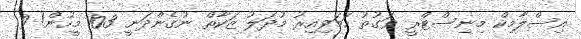
އިސްލާމިކް މިނިސްޓްރީ ވަގުތު ހަމަވިއިރު މުދަލު ޒަކާތް ނުގެންދަނީ 103 މީހުން! 9